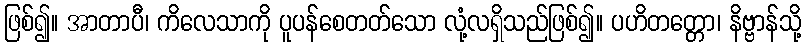
ဖြစ်၍။ အာတာပီ၊ ကိလေသာကို ပူပန်စေတတ်သော လုံ့လရှိသည်ဖြစ်၍။ ပဟိတတ္တော၊ နိဗ္ဗာန်သို့